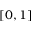
[ 0 , 1 ]